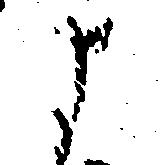
よ